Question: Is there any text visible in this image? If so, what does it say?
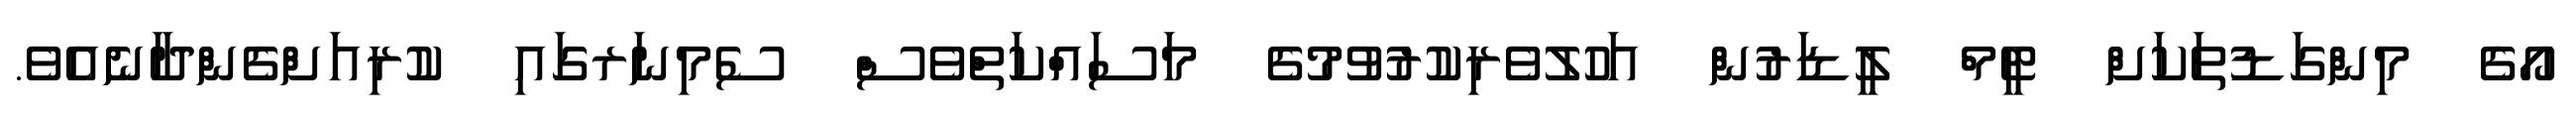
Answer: އޯގެ މިންގަޑުތަކަށް ޓީމް ލީޑަރުން އަހުލުވެރިކުރުވުމުގެ މަސައްކަތްވެސް ސެމިނަރގައި ކުރިއަށްގެންދާނެއެވެ.